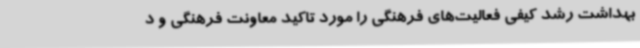
بهداشت رشد کیفی فعالیت‌های فرهنگی را مورد تاکید معاونت فرهنگی و د